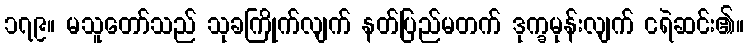
၁၇၉။ မသူတော်သည် သုခကြိုက်လျက် နတ်ပြည်မတက် ဒုက္ခမုန်းလျက် ငရဲဆင်း၏။